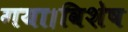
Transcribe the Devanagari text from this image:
गया।विशेष